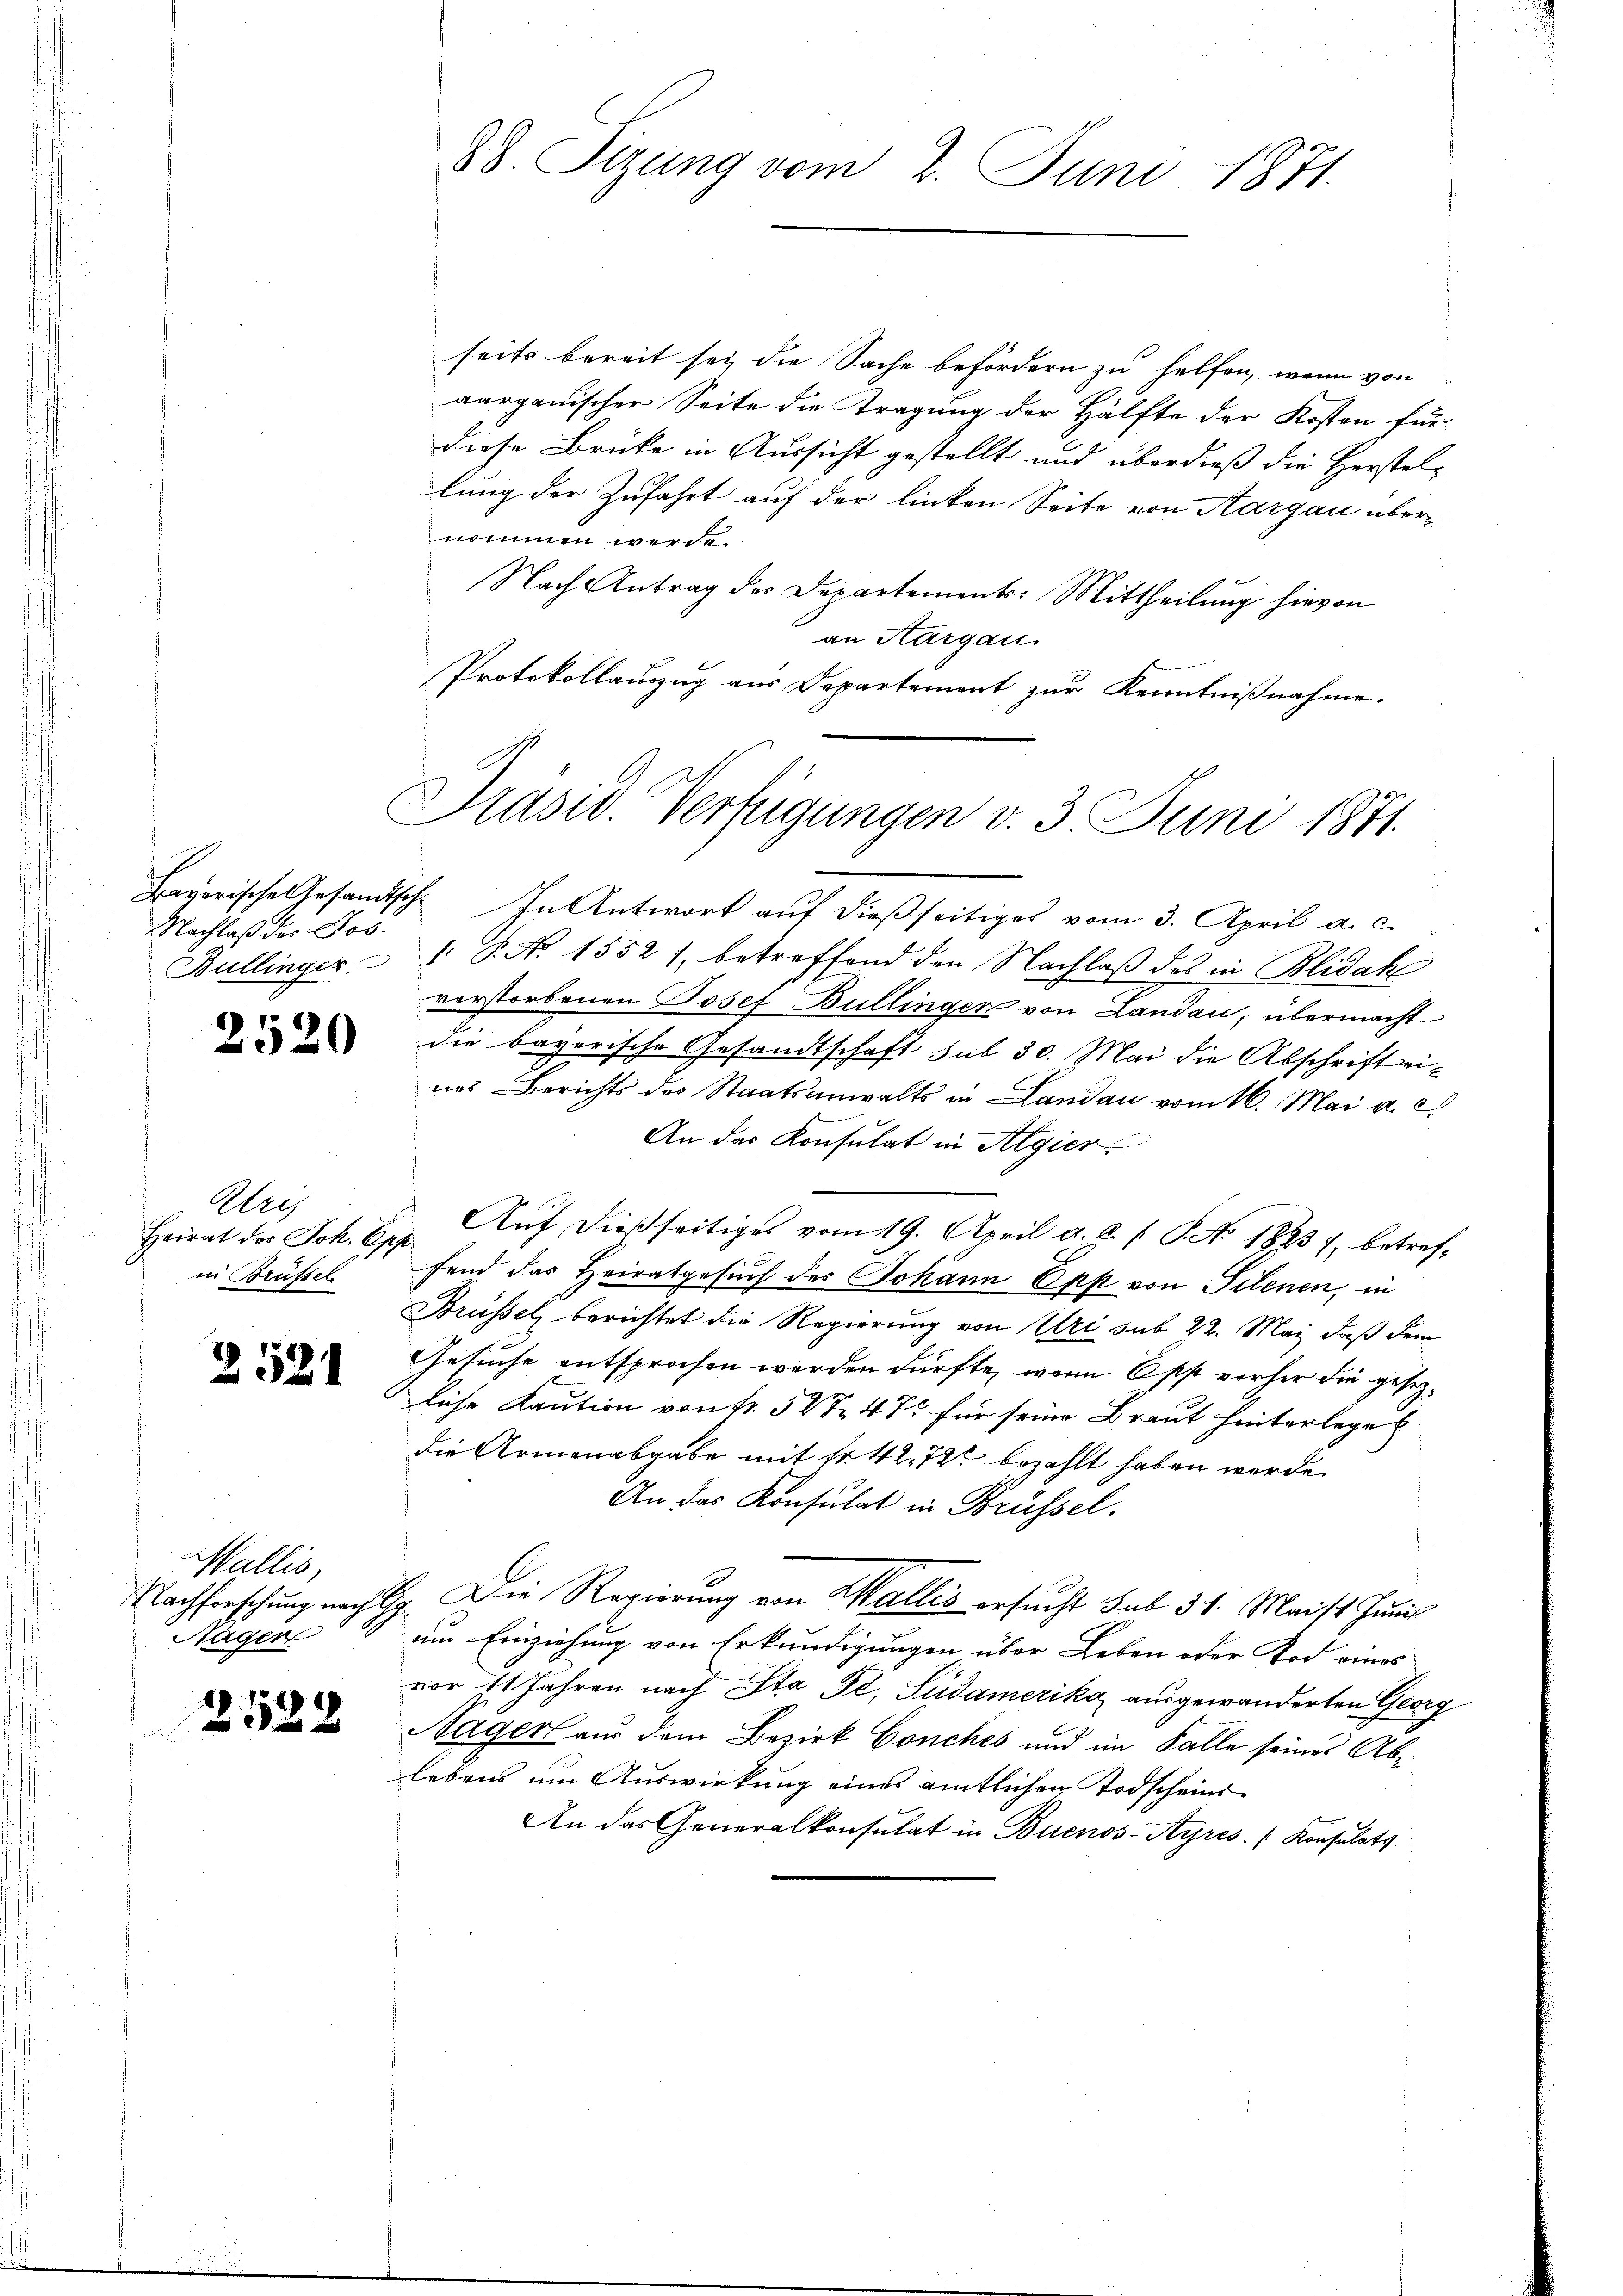
Nachlaß der Jos.

2520

Wer
in Brüssel

2521

Wallis,
Nager

2588

38. Sizung vom 2. Juni 1871.

seits bereit sei die Sache befördern zu helfen, wenn von
aargauischer Seite die Tragung der Hälfte der Kosten für
diese Brücke in Aussicht gestellt und überdieß die Herstellung der Zufahrt auf der linken Seite von Aargau über-
nommen werde
Nach Antrag der Departement: Mittheilung hievon
an Aargau.
Protokollauszug aus Departement zur Kenntnißnahme

Prasw. Verfügungen v. 3. Juni 1871.

Bavorische Gesandtsch. In Antwort aŭf dießseitiges vom 3. April a. c.
Bullinger   P. No 15521, betreffend den Nachlaß des in Blidak
verstorbenen Josef Bullinger von Landau, übermacht
die bayerische Gesandtschaft sub 30. Mai die Abschrift eines Berichts des Staatsanwalts in Landau vom 16. Mai a. c.
An das Konsulat in Algier
Heirat der Joh. Epp. Aŭf dießseitiges vom 19. April d. d. 1. P. Nr. 1883, betreffend das Heiratgesuch des Johann Epp von Filenen, in
Brüssel berichtet die Regierung von Uri sub 22. Mai, daß dem
Gesuche entsprochen werden dürfte, wenn Ost vorher die gesezliche Kaution von Fr. 547. 475 für seine Braut hinterlege
die Armenabgabe mit fr. 42. 720 bezahlt haben werde.
An das Konsulat in Brüssel.
Nachforschung nach Gy. Die Regierung von Wallis ersucht sub 31. Maist. Juni
um Einziehung von Erkundigungen über Leben oder Tod eines
vor 11 Jahren nach Ita Fr. Südamerika ausgewanderten Georg
Nager aus dem Bezirk Conches und im Falle seines Ablebens um Auswirkung eines amtlichen Todscheins
An das Generalkonsulat in Buenos-Ayres Konsulats.